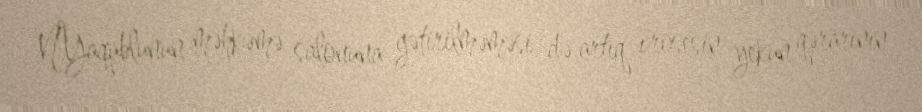
N.Yaqublunun məhkəmə salonuna gətirilməməsi də artıq prosesin yekun qərarının